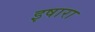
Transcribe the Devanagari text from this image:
इषारा